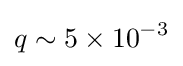
q\sim 5\times 10^{-3}